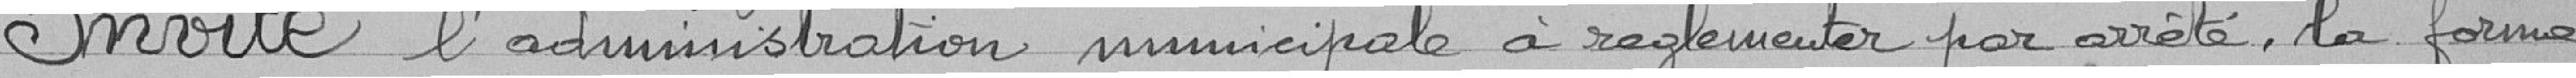
INVITE l'administration municipale à règlementer par arrêté, la forme